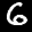
Label: 6